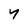
Character: Y